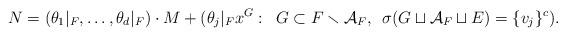
LaTeX: \begin{align*}N = (\theta_1|_F,\ldots,\theta_{d}|_F) \cdot M + (\theta_{j}|_{F} x^G: \enskip G \subset F \smallsetminus \mathcal{A}_F, \enskip \sigma(G \sqcup \mathcal{A}_F \sqcup E) = \{v_j\}^c).\end{align*}